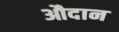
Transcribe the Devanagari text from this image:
औदान